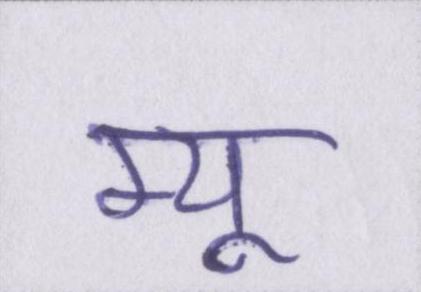
म्यू